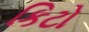
કિટો